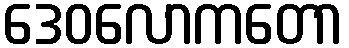
ဒေဝလောကတော